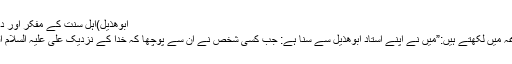
ابوھذیل)اہلِ سنت کے مفکر اور دانشمند و استاد ابن ابی الحدید)
ابن ابی الحدید شرح نہج البلاغہ میں لکھتے ہیں:”میں نے اپنے اُستاد ابوھذیل سے سنا ہے: جب کسی شخص نے اُن سے پوچھا کہ خدا کے نزدیک علی علیہ السلام افضل ہیں یا حضرتِ ابوبکر؟